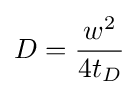
D={\frac {w^{2}}{4t_{D}}}